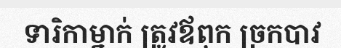
ទារិកាម្នាក់ ត្រូវឪពុក ច្រកបាវ